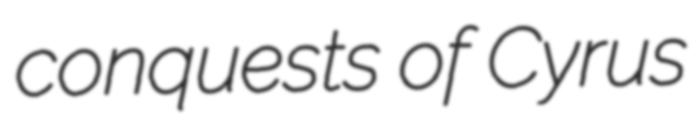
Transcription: conquests of Cyrus